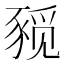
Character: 𰶨